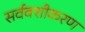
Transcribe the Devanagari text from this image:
सर्ववशीकरण